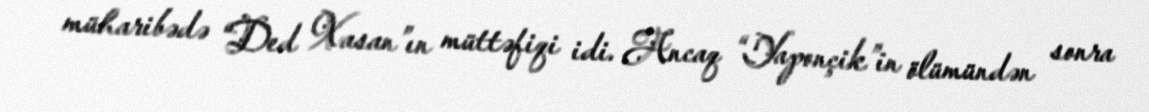
müharibədə “Ded Xasan”ın müttəfiqi idi. Ancaq “Yaponçik”in ölümündən sonra